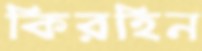
কিরহিন